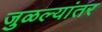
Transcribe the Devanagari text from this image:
जुळल्यांतर